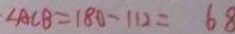
\angle A C B = 1 8 0 - 1 1 2 = 6 8